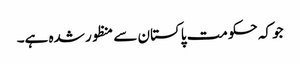
جو کہ حکومت پاکستان سے منظور شدہ ہے۔